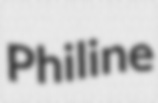
Philine